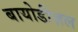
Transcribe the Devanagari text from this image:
बायोडीज़ल